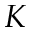
K